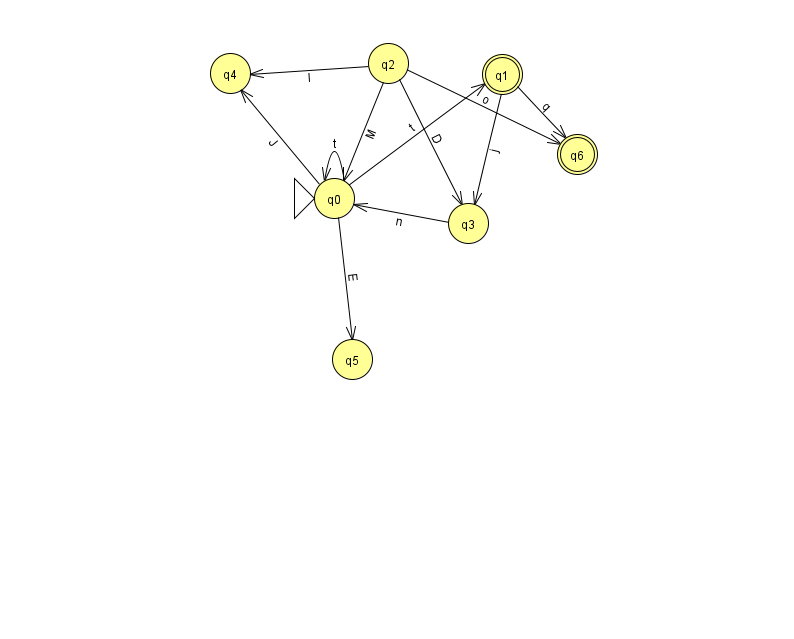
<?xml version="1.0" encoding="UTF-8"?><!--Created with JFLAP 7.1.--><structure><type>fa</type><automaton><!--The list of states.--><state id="0" name="q0"><x>334.0</x><y>185.0</y><initial/></state><state id="1" name="q1"><x>502.0</x><y>61.0</y><final/></state><state id="2" name="q2"><x>388.0</x><y>50.0</y></state><state id="3" name="q3"><x>468.0</x><y>210.0</y></state><state id="4" name="q4"><x>230.0</x><y>60.0</y></state><state id="5" name="q5"><x>352.0</x><y>346.0</y></state><state id="6" name="q6"><x>577.0</x><y>141.0</y><final/></state><!--The list of transitions.--><transition><from>0</from><to>4</to><read>J</read></transition><transition><from>1</from><to>6</to><read>q</read></transition><transition><from>2</from><to>6</to><read>o</read></transition><transition><from>0</from><to>0</to><read>t</read></transition><transition><from>0</from><to>5</to><read>E</read></transition><transition><from>2</from><to>3</to><read>D</read></transition><transition><from>1</from><to>3</to><read>j</read></transition><transition><from>2</from><to>4</to><read>l</read></transition><transition><from>0</from><to>1</to><read>t</read></transition><transition><from>3</from><to>0</to><read>n</read></transition><transition><from>2</from><to>0</to><read>M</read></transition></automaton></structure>